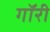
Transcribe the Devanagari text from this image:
गॉरी